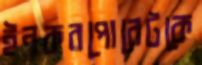
ইনকরপোরেটকে